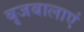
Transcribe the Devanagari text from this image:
बृजबालाएं